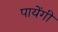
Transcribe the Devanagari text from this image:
पायेंगी